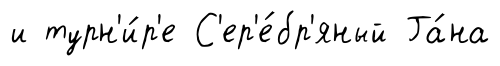
и турн'и́р'е С'ер'е́бр'яный Га́на